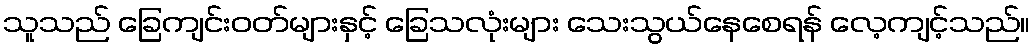
သူသည် ခြေကျင်းဝတ်များနှင့် ခြေသလုံးများ သေးသွယ်နေစေရန် လေ့ကျင့်သည်။